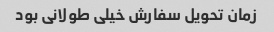
زمان تحویل سفارش خیلی طولانی بود